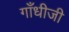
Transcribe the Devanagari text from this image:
गाँधीजी